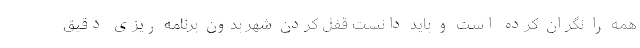
همه را نگران کرده است و باید دانست قفل کردن شهر بدون برنامه ریزی دقیق